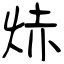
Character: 焃